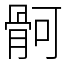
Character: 䯊